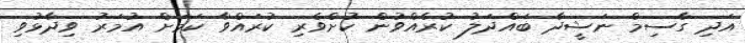
އަދި ގާސިމް ނަޝީދާ ބައްދަލު ކުރެއްވުން ކުށްވެރި ކުރައްވާ ކަމަށް އުމަރު ވިދާޅުވި